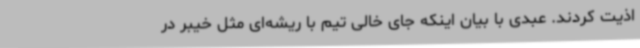
اذیت کردند. عبدی با بیان اینکه جای خالی تیم با ریشه‌ای مثل خیبر در